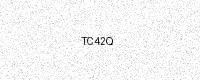
Text: TC42Q